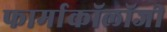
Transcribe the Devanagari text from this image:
फार्माकॉलॉजी